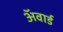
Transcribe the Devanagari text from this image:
अॅवार्ड